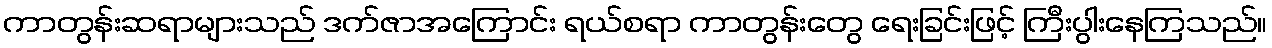
ကာတွန်းဆရာများသည် ဒက်ဇာအကြောင်း ရယ်စရာ ကာတွန်းတွေ ရေးခြင်းဖြင့် ကြီးပွါးနေကြသည်။